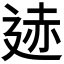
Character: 𫐨